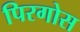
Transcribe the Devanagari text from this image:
पिरगोस